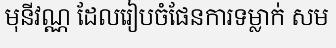
មុនីវណ្ណ ដែលរៀបចំផែនការទម្លាក់ សម